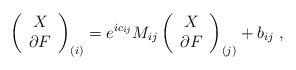
LaTeX: \begin{align*}\left( \begin{array}{c} X \\ \partial F \end{array}\right)_{(i)} = e^{ic_{ij}} M_{ij}\left( \begin{array}{c} X \\ \partial F\end{array}\right)_{(j)}+ b_{ij}\ , \end{align*}